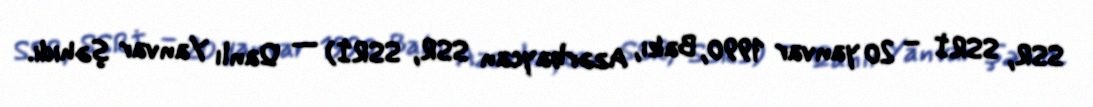
SSR, SSRİ – 20 yanvar 1990, Bakı, Azərbaycan SSR, SSRİ) — Qanlı Yanvar şəhidi.